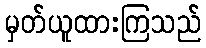
မှတ်ယူထားကြသည်